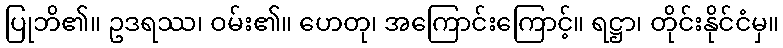
ပြုဘိ၏။ ဥဒရဿ၊ ဝမ်း၏။ ဟေတု၊ အကြောင်းကြောင့်။ ရဋ္ဌာ၊ တိုင်းနိုင်ငံမှ။